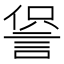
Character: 𧨍